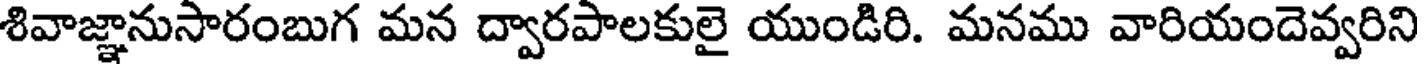
శివాజ్ఞానుసారంబుగ మన ద్వారపాలకులై యుండిరి. మనము వారియందెవ్వరిని